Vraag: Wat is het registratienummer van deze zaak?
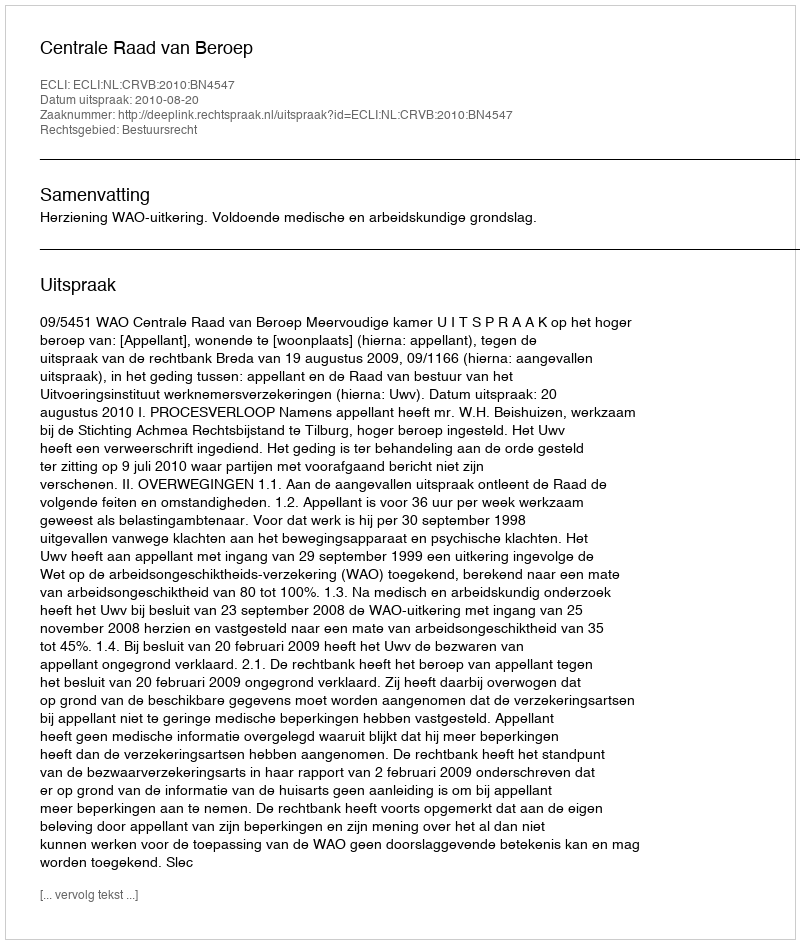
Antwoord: http://deeplink.rechtspraak.nl/uitspraak?id=ECLI:NL:CRVB:2010:BN4547